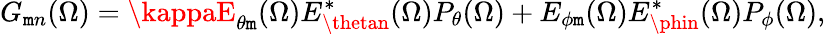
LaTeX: G_{\mathtt{m}n}(\Omega)=\kappaE_{\theta\mathtt{m}}(\Omega)E_{\thetan}^{*}(\Omega)P_{\theta}(\Omega)+E_{\phi\mathtt{m}}(\Omega)E_{\phin}^{*}(\Omega)P_{\phi}(\Omega),